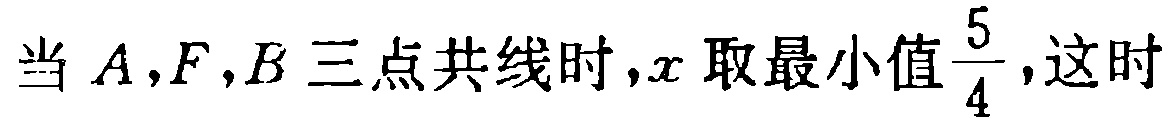
当 \(A,F,B\) 三点共线时，\(x\) 取最小值\(\frac{5}{4}\)，这时